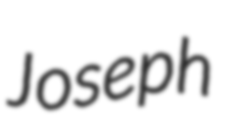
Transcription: Joseph